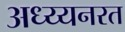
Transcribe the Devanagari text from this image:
अध्य्यनरत